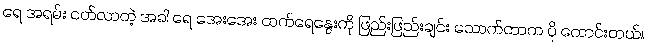
ရေ အရမ်း ငတ်လာတဲ့ အခါ ရေ အေးအေး ထက်ရေနွေးကို ဖြည်းဖြည်းချင်း သောက်တာက ပို ကောင်းတယ်။